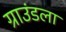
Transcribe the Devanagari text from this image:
ग्राउंडला